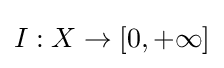
I:X\to [0,+\infty ]